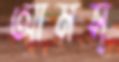
আমস্